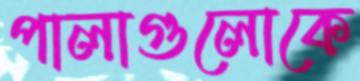
পালাগুলোকে